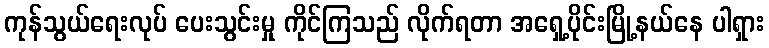
ကုန်သွယ်ရေးလုပ် ပေးသွင်းမှု ကိုင်ကြသည် လိုက်ရတာ အရှေ့ပိုင်းမြို့နယ်နေ ပါရှား